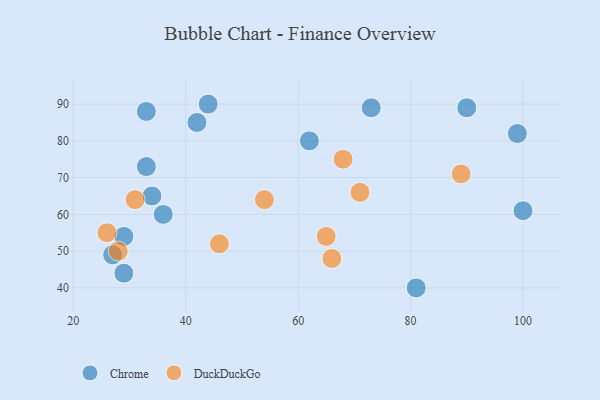
{"axis": {"x": "GDP", "y": "Life Expectancy"}, "legend": ["Chrome", "DuckDuckGo"], "data": [{"x": "33", "y": 88, "type": "Chrome"}, {"x": "29", "y": 54, "type": "Chrome"}, {"x": "90", "y": 89, "type": "Chrome"}, {"x": "42", "y": 85, "type": "Chrome"}, {"x": "36", "y": 60, "type": "Chrome"}, {"x": "34", "y": 65, "type": "Chrome"}, {"x": "73", "y": 89, "type": "Chrome"}, {"x": "44", "y": 90, "type": "Chrome"}, {"x": "27", "y": 49, "type": "Chrome"}, {"x": "33", "y": 73, "type": "Chrome"}, {"x": "62", "y": 80, "type": "Chrome"}, {"x": "29", "y": 44, "type": "Chrome"}, {"x": "99", "y": 82, "type": "Chrome"}, {"x": "81", "y": 40, "type": "Chrome"}, {"x": "100", "y": 61, "type": "Chrome"}, {"x": "65", "y": 54, "type": "DuckDuckGo"}, {"x": "46", "y": 52, "type": "DuckDuckGo"}, {"x": "89", "y": 71, "type": "DuckDuckGo"}, {"x": "26", "y": 55, "type": "DuckDuckGo"}, {"x": "71", "y": 66, "type": "DuckDuckGo"}, {"x": "28", "y": 50, "type": "DuckDuckGo"}, {"x": "54", "y": 64, "type": "DuckDuckGo"}, {"x": "66", "y": 48, "type": "DuckDuckGo"}, {"x": "31", "y": 64, "type": "DuckDuckGo"}, {"x": "68", "y": 75, "type": "DuckDuckGo"}]}